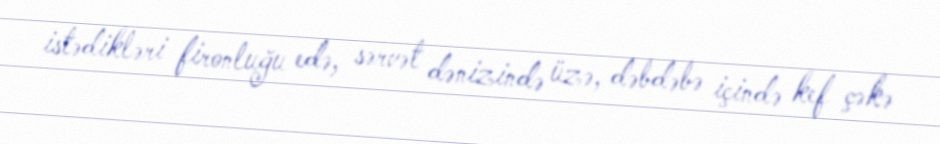
istədikləri fironluğu edə, sərvət dənizində üzə, dəbdəbə içində kef çəkə